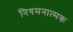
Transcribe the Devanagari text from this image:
निगमनात्‍मक